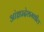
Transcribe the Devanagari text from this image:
आंध्रप्रदेशमधील